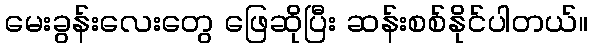
မေးခွန်းလေးတွေ ဖြေဆိုပြီး ဆန်းစစ်နိုင်ပါတယ်။